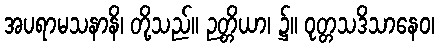
အပရာမသနာနိ၊ တို့သည်။ ဉတ္တိယာ၊ ၌။ ဝုတ္တသဒိသာနေဝ၊